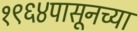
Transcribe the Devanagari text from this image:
१९६४पासूनच्या